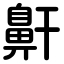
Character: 鼾